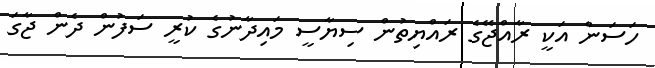
ހަސަން އަކީ ރާއްޖޭގެ ރައްޔިތުން ސިޔާސީ މައިދާނުގެ ކުރީ ސަފުން ދެން ޖާގަ